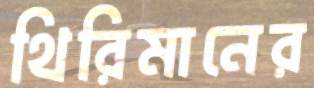
থিরিমানের